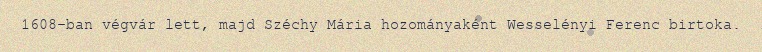
1608-ban végvár lett, majd Széchy Mária hozományaként Wesselényi Ferenc birtoka.